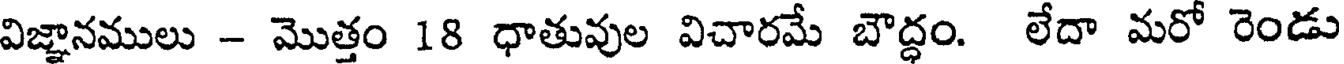
విజ్ఞానములు - మొత్తం 18 ధాతువుల విచారమే బౌద్ధం. లేదా మరో రెండు